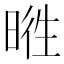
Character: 𣇭